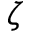
\zeta